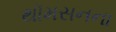
થૉમસનના